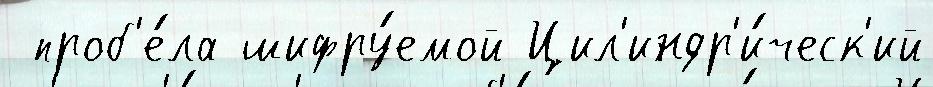
 проб'е́ла шифру́емой Цил'индр'и́ческ'ий